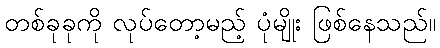
တစ်ခုခုကို လုပ်တော့မည့် ပုံမျိုး ဖြစ်နေသည်။